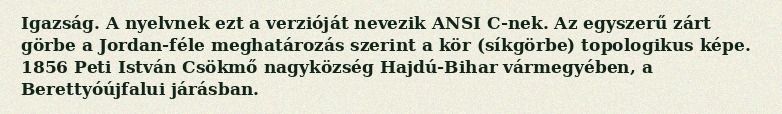
Igazság. A nyelvnek ezt a verzióját nevezik ANSI C-nek. Az egyszerű zárt görbe a Jordan-féle meghatározás szerint a kör (síkgörbe) topologikus képe. 1856 Peti István Csökmő nagyközség Hajdú-Bihar vármegyében, a Berettyóújfalui járásban.